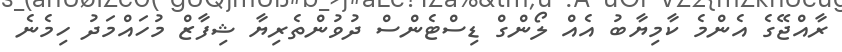
ރާއްޖޭގެ އެންމެ ކާމިޔާބު އެއް ލޯންގް ޑިސްޓެންސް ދުވުންތެރިޔާ ޝިފާޒް މުހައްމަދު ހިމެނެ